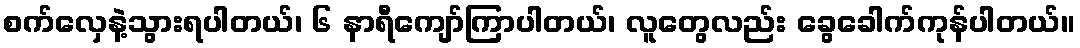
စက်လှေနဲ့သွားရပါတယ်၊ ၆ နာရီကျော်ကြာပါတယ်၊ လူတွေလည်း ခွေခေါက်ကုန်ပါတယ်။